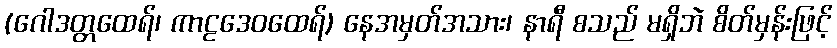
(ဂေါဒတ္တထေရ်၊ ကာဠဒေဝထေရ်) နေအမှတ်အသား၊ နာရီ စသည် မရှိဘဲ စိတ်မှန်းဖြင့်